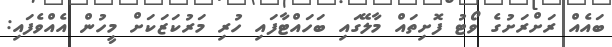
ބައެއް ރަށްރަށުގެ ވޯޓު ފޮށިތައް މާލޭގައި ބަހައްޓާފައި ހުރި މަރުކަޒަކަށް މީހުން އެއްވެފައި: